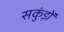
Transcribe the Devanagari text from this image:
सकुंड़ों